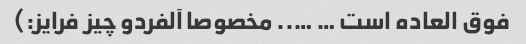
فوق العاده است … ….. مخصوصا آلفردو چیز فرایز:)